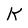
Character: K